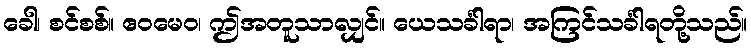
ခေါ၊ စင်စစ်။ ဧဝမေဝ၊ ဤအတူသာလျှင်။ ယေသင်္ခါရာ၊ အကြင်သင်္ခါရတို့သည်။